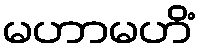
မဟာမဟိံ